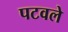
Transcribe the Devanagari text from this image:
पटवले